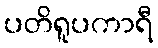
ပတိရူပကာရီ